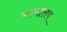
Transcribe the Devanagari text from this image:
पश्चात्तप